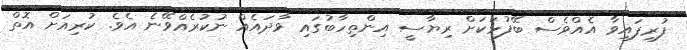
ފުރިފައިވާ އެއްވެސް ބޭފުޅަކަށް ރިޔާސީ އިންތިހާބުގައި ވާދައެއް ނުކުރެއްވޭނެ އެވެ. ކުރިއަށް އޮތް